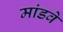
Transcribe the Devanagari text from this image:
मांडवे